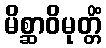
မိစ္ဆာဝိမုတ္တိံ